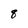
Character: 8